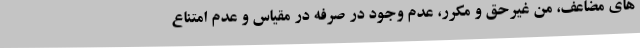
های مضاعف، من غیرحق و مکرر، عدم وجود در صرفه در مقیاس و عدم امتناع